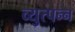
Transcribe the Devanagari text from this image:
व्युत्पन्‍न